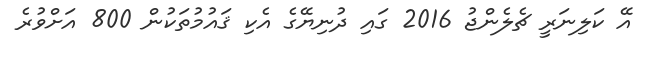
އޭ ކަލިނަރީ ޗެލެންޖު 2016 ގައި ދުނިޔޭގެ އެކި ޤައުމުތަކުން 800 އަށްވުރެ